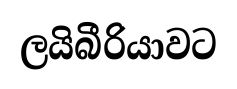
ලයිබීරියාවට